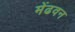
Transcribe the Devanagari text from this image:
मेंढवन